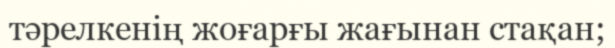
тәрелкенің жоғарғы жағынан стақан;